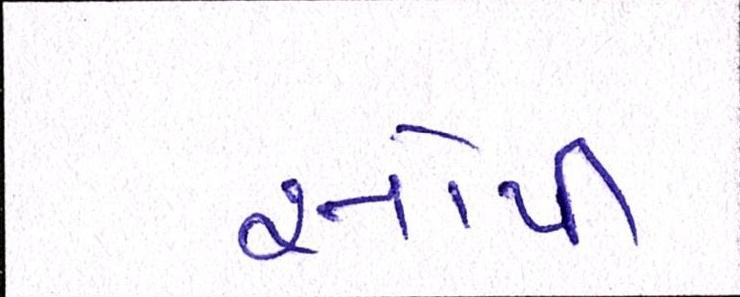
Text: સોપી